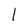
Character: I